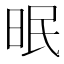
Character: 𱡾